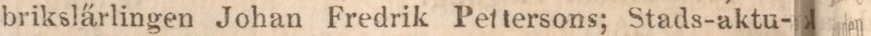
brikslärlingen Johan Fredrik Pettersons; Stads-aktu-